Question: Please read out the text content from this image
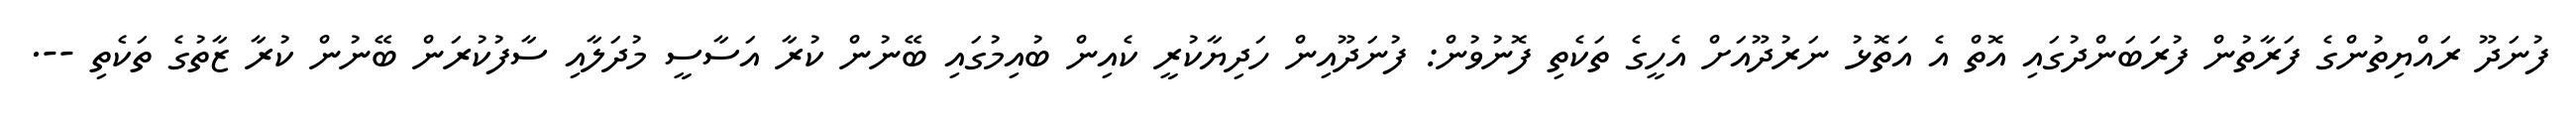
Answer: ފުނަދޫ ރައްޔިތުންގެ ފަރާތުން ފުރަބަންދުގައި އޮތް އެ އަތޮޅު ނަރުދޫއަށް އެހީގެ ތަކެތި ފޮނުވުން: ފުނަދޫއިން ހަދިޔާކުރީ ކެއިން ބުއިމުގައި ބޭނުން ކުރާ އަސާސީ މުދަލާއި ސާފުކުރަން ބޭނުން ކުރާ ޒާތުގެ ތަކެތި --.